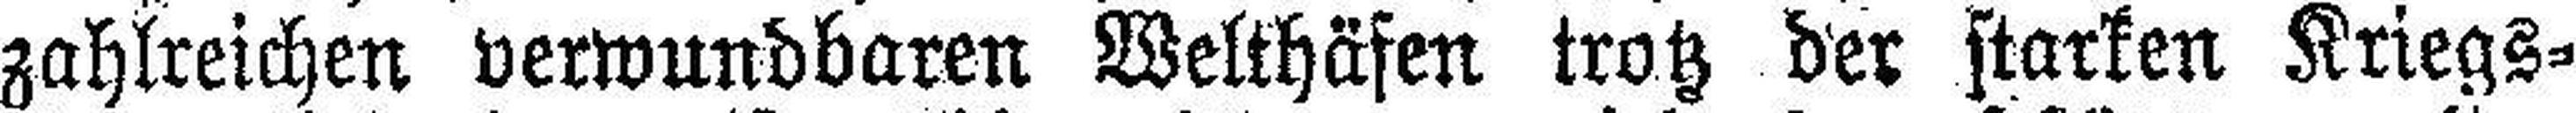
zahlreichen verwundbaren Welthäfen trotz der starken Kriegs¬